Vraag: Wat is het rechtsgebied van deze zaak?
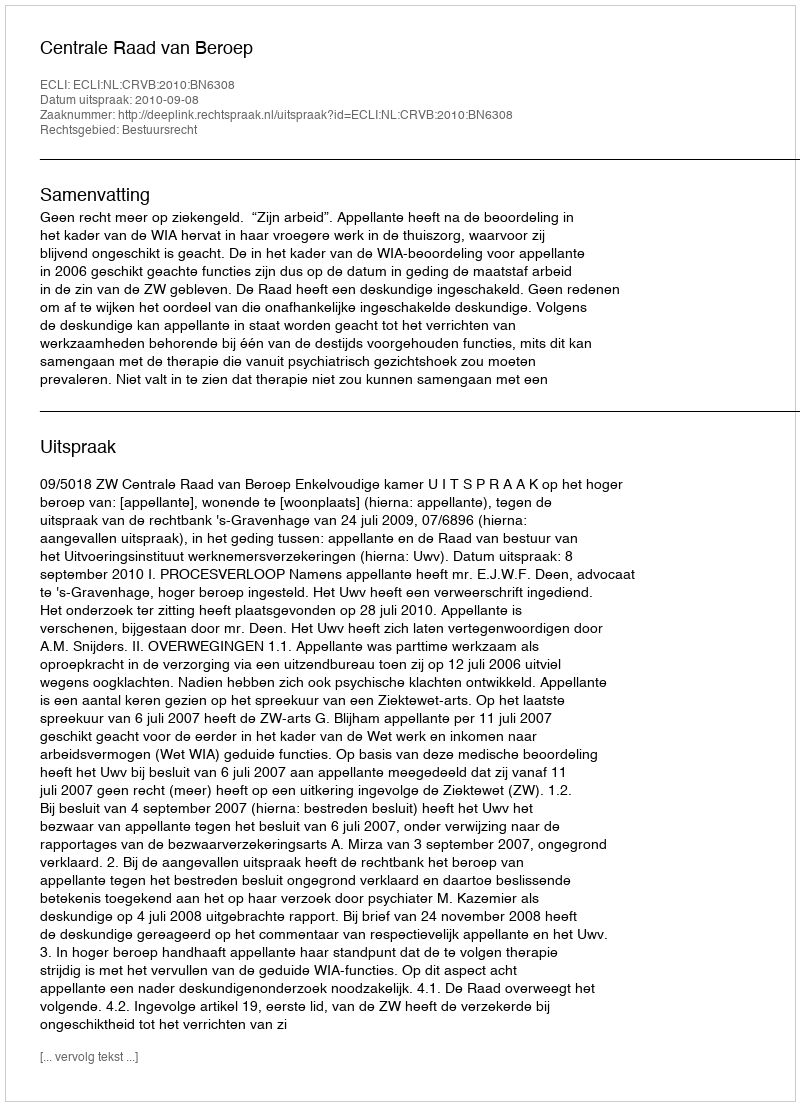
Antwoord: Bestuursrecht